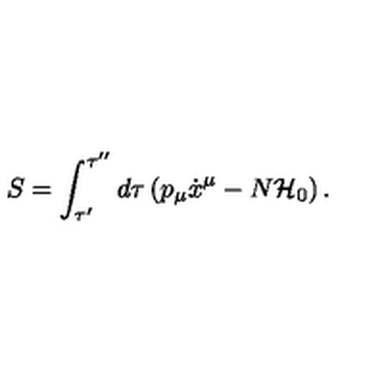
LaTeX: S = \int _ { \tau ^ { \prime } } ^ { \tau ^ { \prime \prime } } d \tau \left( p _ { \mu } \dot { x } ^ { \mu } - N { \cal H } _ { 0 } \right) .